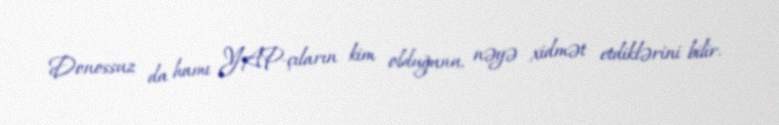
Donossuz da hamı YAP-çıların kim olduğunu, nəyə xidmət etdiklərini bilir.